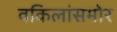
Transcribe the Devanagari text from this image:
वकिलांसमोर